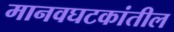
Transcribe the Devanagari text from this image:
मानवघटकांतील